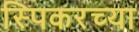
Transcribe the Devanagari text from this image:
स्पिकरच्या